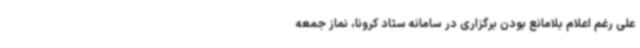
علی رغم اعلام بلامانع بودن برگزاری در سامانه ستاد کرونا، نماز جمعه